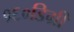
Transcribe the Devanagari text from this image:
१६०डिग्री